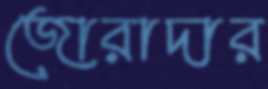
জোরাদার